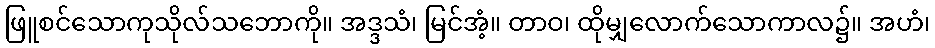
ဖြူစင်သောကုသိုလ်သဘောကို။ အဒ္ဒသံ၊ မြင်အံ့။ တာဝ၊ ထိုမျှလောက်သောကာလ၌။ အဟံ၊